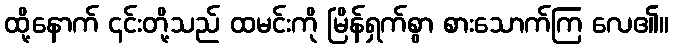
ထို့နောက် ၎င်းတို့သည် ထမင်းကို မြိန်ရှက်စွာ စားသောက်ကြ လေ၏။